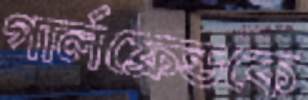
গার্লফ্রেন্ডকে